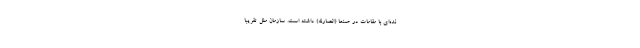
نده‌ای با مقامات در صنعا (انصارالله) داشته است. سازمان ملل تقریبا